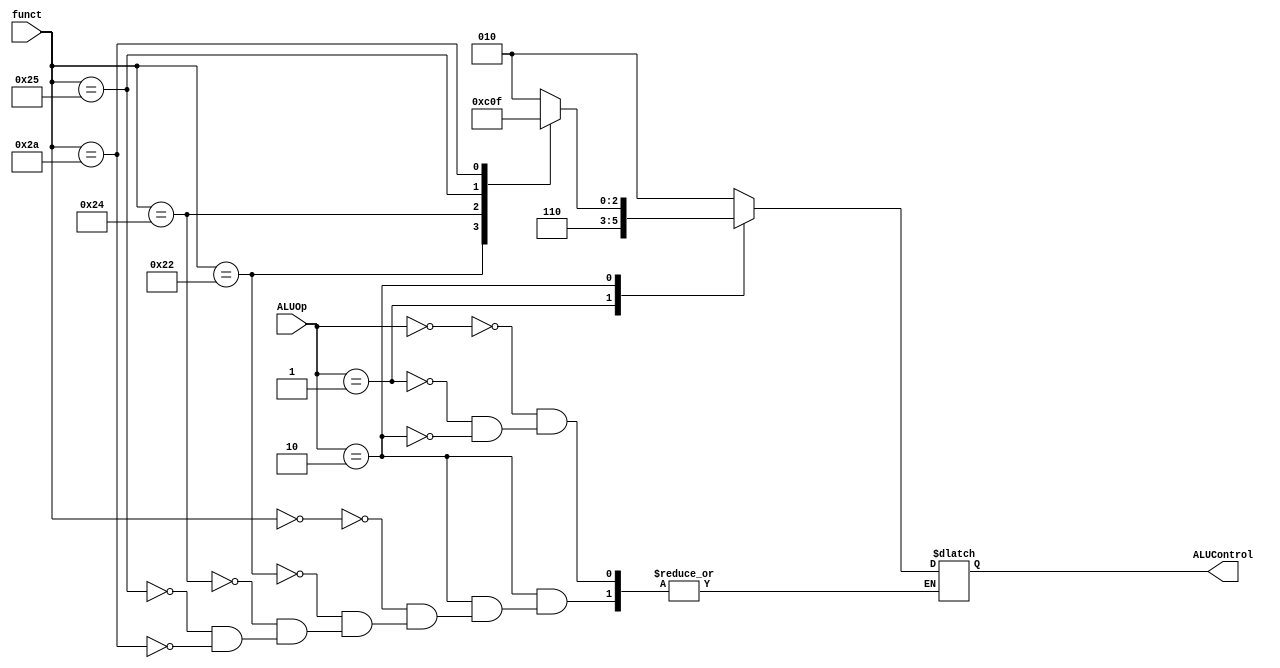
module ALU_Control(
    funct,
    ALUOp,
    ALUControl
);
    //FUNCT FIELD OF INSTRUCTION
    input [5: 0] funct;

    //FROM MAIN CONTROL
    input [1: 0] ALUOp;

    //TO ALU
    output [2: 0] ALUControl;


    always @ (*)
        case(ALUOp)
        //LW/SW => ADD
        2'b00: ALUControl = 3'b010;
        //BRANCH => SUBTRACT
        2'b01: ALUControl = 3'b110;
        2'b10: begin
            case(funct)
            //ADD
            6'b000000: ALUControl = 3'b010;
            //SUBTRACT
            6'b100010: ALUControl = 3'b110;
            //AND
            6'b100100: ALUControl = 3'b000;
            //OR
            6'b100101: ALUControl = 3'b001;
            //SLT
            6'b101010: ALUControl = 3'b111;
            endcase
        end
        endcase
endmodule